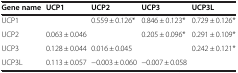
<table><thead><tr><td><b>Gene name</b></td><td><b>UCP1</b></td><td><b>UCP2</b></td><td><b>UCP3</b></td><td><b>UCP3L</b></td></tr></thead><tbody><tr><td>UCP1</td><td> </td><td>0.559 ± 0.126*</td><td>0.846 ± 0.123*</td><td>0.729 ± 0.126*</td></tr><tr><td>UCP2</td><td>0.063 ± 0.046</td><td> </td><td>0.205 ± 0.096*</td><td>0.291 ± 0.109*</td></tr><tr><td>UCP3</td><td>0.128 ± 0.044</td><td>0.016 ± 0.045</td><td> </td><td>0.242 ± 0.121*</td></tr><tr><td>UCP3L</td><td>0.113 ± 0.057</td><td>−0.003 ± 0.060</td><td>−0.007 ± 0.058</td><td> </td></tr></tbody></table>